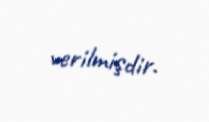
verilmişdir.